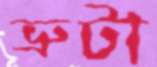
ভ্রুটা